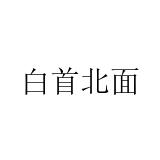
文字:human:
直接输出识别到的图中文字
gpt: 白首北面